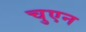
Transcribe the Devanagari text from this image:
चुएन